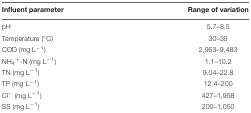
<table><thead><tr><td><b>Influent parameter</b></td><td><b>Range of variation</b></td></tr></thead><tbody><tr><td>pH</td><td>5.7–8.5</td></tr><tr><td>Temperature (°C)</td><td>30–35</td></tr><tr><td>COD (mg L<sup>-1</sup>)</td><td>2,953–9,483</td></tr><tr><td>NH<sub>4</sub><sup>+</sup>-N (mg L<sup>-1</sup>)</td><td>1.1–10.2</td></tr><tr><td>TN (mg L<sup>-1</sup>)</td><td>9.04–22.8</td></tr><tr><td>TP (mg L<sup>-1</sup>)</td><td>12.4–200</td></tr><tr><td>Cl<sup>-</sup> (mg L<sup>-1</sup>)</td><td>427–1,958</td></tr><tr><td>SS (mg L<sup>-1</sup>)</td><td>200–1,050</td></tr></tbody></table>